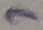
Text: 7